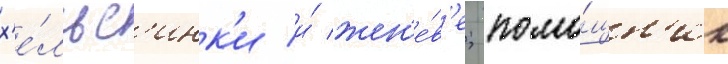
х'е́льс'инк'и и́ жен'е́в'е; помо́щн'ик